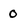
Character: 0